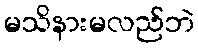
မသိနားမလည်ဘဲ